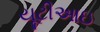
યૂટીઆઇ